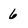
Character: 6